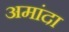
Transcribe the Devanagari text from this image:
अमांदा